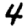
Digit: 4